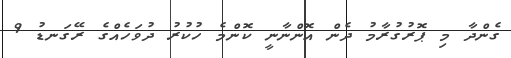
ގެންދާ މި ޕޮރުގުރާމު ދެން އޮންނާނީ ކޮންމެ ހުކުރު ދުވަހެއްގެ ރޭގަނޑު 9